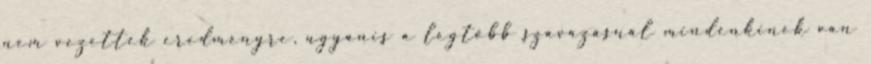
nem vezettek eredményre, ugyanis a legtöbb szavazásnál mindenkinek van